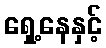
ရှေ့နေနှင့်